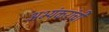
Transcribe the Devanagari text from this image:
अभ्यंकरांची